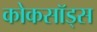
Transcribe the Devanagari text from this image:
कोकसॉड्स